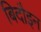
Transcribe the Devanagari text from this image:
बिदौइन